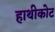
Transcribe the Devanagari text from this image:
हाथीकोट